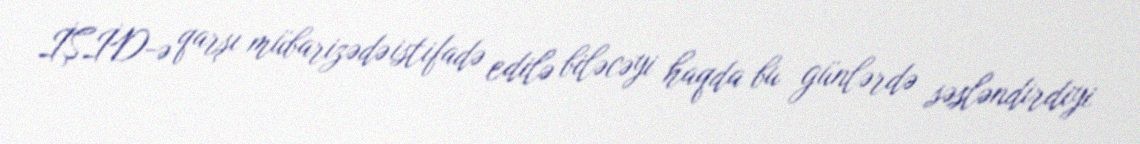
İŞİD-ə qarşı mübarizədə istifadə edilə biləcəyi haqda bu günlərdə səsləndirdiyi